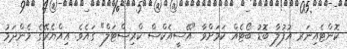
ކޮންޓެއިނަރ އުފުލާ ބޮޑު ބޯޓެއް ކަމަށްވާ "އޭސީއެކްސް ކްރިސްޓަލް" ގައެވެ. އިއްޔެރޭގެ މެންދަމު